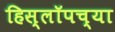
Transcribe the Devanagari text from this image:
हिस्लॉपच्या